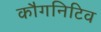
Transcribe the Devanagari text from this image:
कौगनिटिव